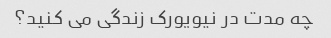
چه مدت در نیویورک زندگی می کنید؟